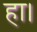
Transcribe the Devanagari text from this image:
हा।